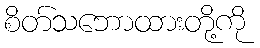
စိတ်သဘောထားတို့ကို